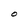
Character: O